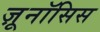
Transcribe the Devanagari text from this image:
ज़ूनॉसिस